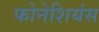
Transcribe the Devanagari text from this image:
फोनेशियंस